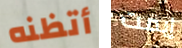
أتظنه إيمت